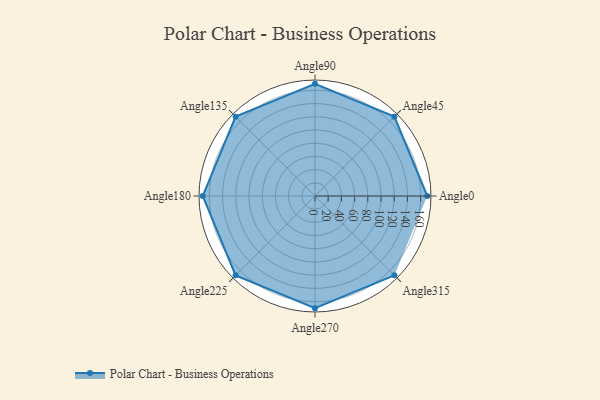
{"axis": {"x": "Angle", "y": "Radius"}, "legend": [""], "data": [{"x": "Angle0", "y": 170, "type": ""}, {"x": "Angle45", "y": 170, "type": ""}, {"x": "Angle90", "y": 170, "type": ""}, {"x": "Angle135", "y": 170, "type": ""}, {"x": "Angle180", "y": 170, "type": ""}, {"x": "Angle225", "y": 170, "type": ""}, {"x": "Angle270", "y": 170, "type": ""}, {"x": "Angle315", "y": 170, "type": ""}]}